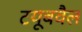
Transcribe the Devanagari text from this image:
टयूबवैल